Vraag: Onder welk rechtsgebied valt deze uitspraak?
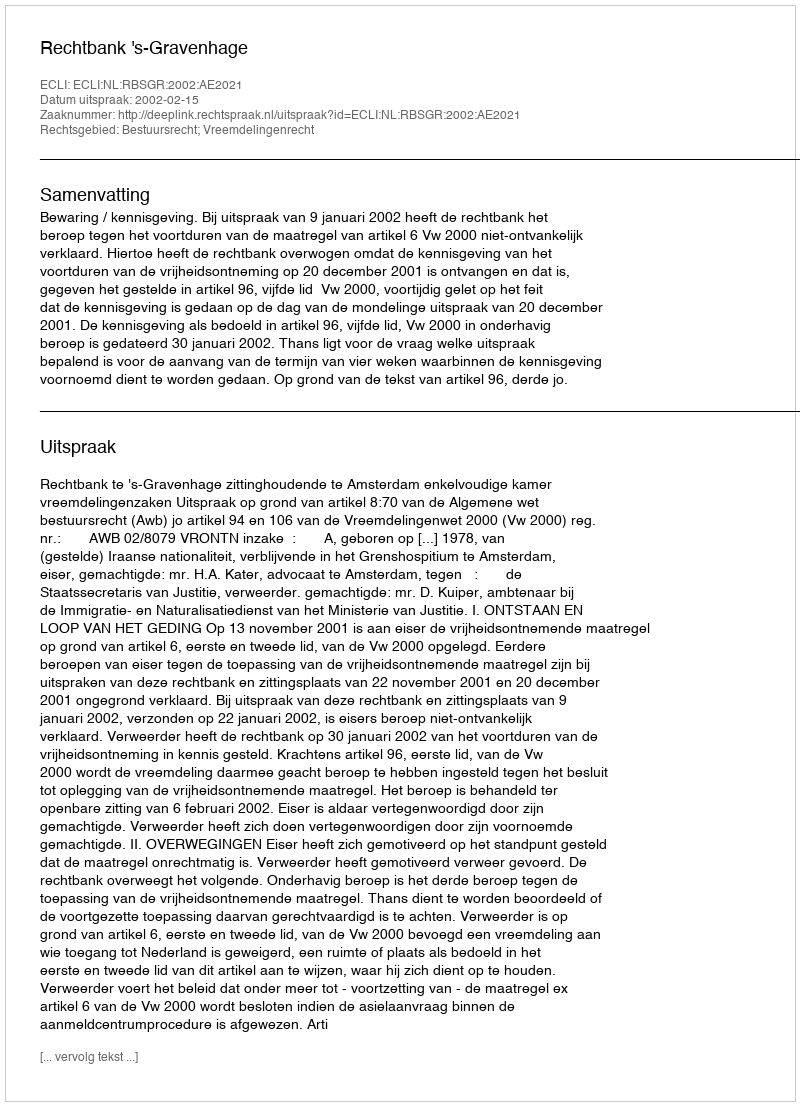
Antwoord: Bestuursrecht; Vreemdelingenrecht